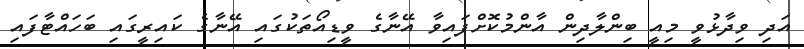
އަދި ވިދާޅުވީ މިއީ ބިންލާދިން އާންމުކޮށްފައިވާ އޭނާގެ ވީޑިއޯތަކުގައި އޭނާގެ ކައިރީގައި ބަހައްޓާފައި